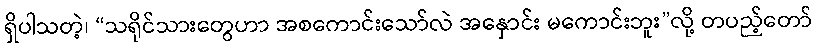
ရှိပါသတဲ့၊ “သရိုင်သားတွေဟာ အစကောင်းသော်လဲ အနှောင်း မကောင်းဘူး”လို့ တပည့်တော်